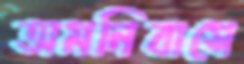
অমনিবাসে